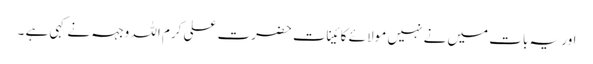
اور یہ بات میں نے نہیں مولا ئے کائینات حضرت علی کرم اللہ وجہہ نے کہی ہے ۔